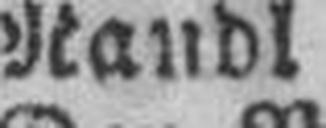
Naudl